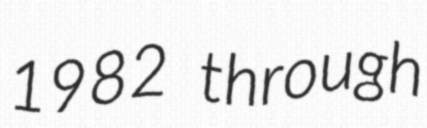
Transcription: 1982 through